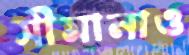
সীমানাও